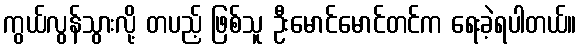
ကွယ်လွန်သွားလို့ တပည့် ဖြစ်သူ ဦးမောင်မောင်တင်က ရေးခဲ့ရပါတယ်။